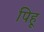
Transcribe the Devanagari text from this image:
पिहू